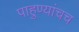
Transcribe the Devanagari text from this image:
पाहुण्यांचच